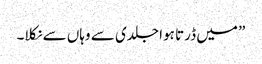
” میں ڈرتا ہوا جلدی سے وہاں سے نکلا۔